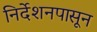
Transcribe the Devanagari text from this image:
निर्देशनपासून